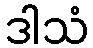
ဒါသံ